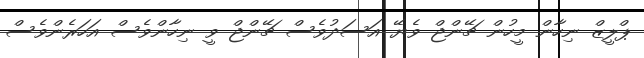
ޕްލީޒް ނިހާން މީހުން ޗޭންޖް ވެޔޭ އަސަދުވެސް ޗޭންޖް ވީ ނިހާންވެސް އަހަރެންވެސް